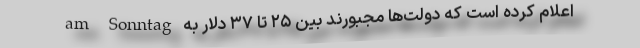
am Sonntag اعلام کرده است که دولت‌ها مجبورند بین ۲۵ تا ۳۷ دلار به